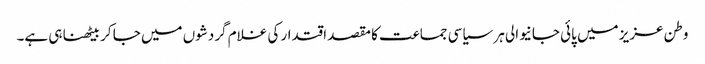
وطن عزیز میں پائی جانیوالی ہر سیاسی جماعت کا مقصد اقتدار کی غلام گردشوں میں جا کر بیٹھنا ہی ہے۔